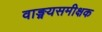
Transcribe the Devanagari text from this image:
वाङ्मयसमीक्षक